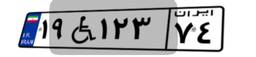
۴۹W۳۵۰۸۱